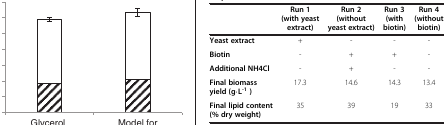
<table><thead><tr><td><b> </b></td><td><b>Run 1 (with yeast extract)</b></td><td><b>Run 2 (without yeast extract)</b></td><td><b>Run 3 (with biotin)</b></td><td><b>Run 4 (without biotin)</b></td></tr></thead><tbody><tr><td><b>Yeast extract</b></td><td>+</td><td>-</td><td>-</td><td>-</td></tr><tr><td><b>Biotin</b></td><td>-</td><td>+</td><td>+</td><td>-</td></tr><tr><td><b>Additional NH4Cl</b></td><td>-</td><td>+</td><td>-</td><td>-</td></tr><tr><td><b>Final biomass yield (g⋅L</b><sup><b>-1 </b></sup><b>)</b></td><td>17.3</td><td>14.6</td><td>14.3</td><td>13.4</td></tr><tr><td><b>Final lipid content (% dry weight)</b></td><td>35</td><td>39</td><td>19</td><td>33</td></tr></tbody></table>